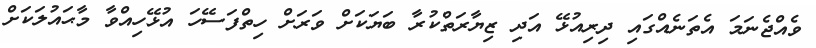
ވެއްޖެނަމަ އެތަނެއްގައި ދިރިއުޅޭ އަދި ޒިޔާރަތްކުރާ ބަޔަކަށް ވަރަށް ހިތްފަސޭހަ އުޅޭހިއްވާ މާޙައުލަކަށް